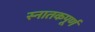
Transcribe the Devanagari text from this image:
स्नातकपूर्ण